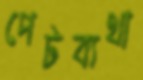
পেটব্যথা